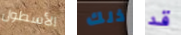
الأسطول ذلك قد